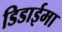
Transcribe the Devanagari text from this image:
डिडाईमा